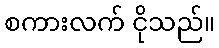
စကားလက် ငိုသည်။